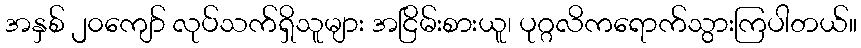
အနှစ် ၂၀ကျော် လုပ်သက်ရှိသူများ အငြိမ်းစားယူ၊ ပုဂ္ဂလိကရောက်သွားကြပါတယ်။